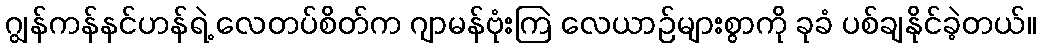
ဂျွန်ကန်နင်ဟန်ရဲ့ လေတပ်စိတ်က ဂျာမန်ဗုံးကြဲ လေယာဉ်များစွာကို ခုခံ ပစ်ချနိုင်ခဲ့တယ်။